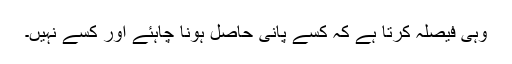
وہی فیصلہ کرتا ہے کہ کسے پانی حاصل ہونا چاہئے اور کسے نہیں۔